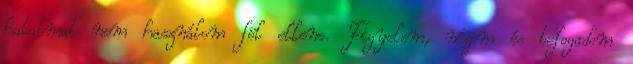
hatalmat nem használom föl ellene. Figyelem, nézem és befogadom